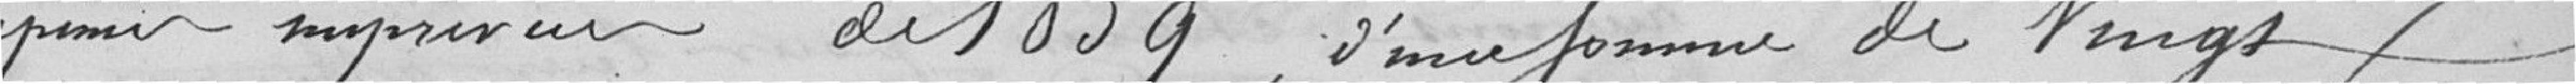
dépenses imprévues de 1839, d'une somme de vingt